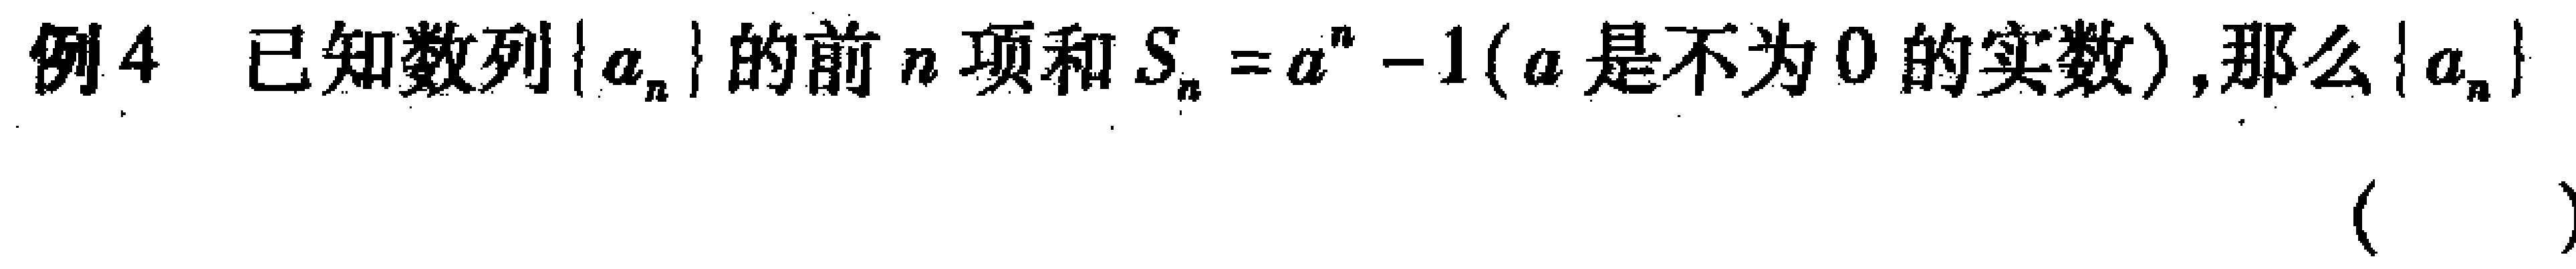
例4 已知数列\(\{a_{n}\}\)的前\(n\)项和\(S_{n}=a^{n}-1\) (\(a\)是不为\(0\)的实数),那么\(\{a_{n}\}\) （  ）